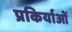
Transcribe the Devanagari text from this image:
प्रकिर्याओं